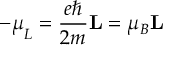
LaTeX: - { \boldsymbol { \mu } } _ { L } = { \frac { e \hbar } { 2 m } } \mathbf { L } = \mu _ { B } \mathbf { L }